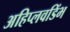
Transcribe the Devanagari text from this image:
अहिप्लवडिंभ